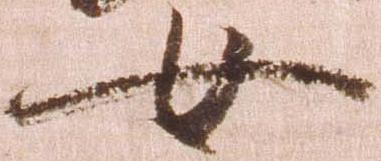
女